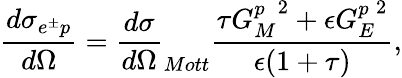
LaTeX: \frac{d\sigma_{e^{\pm}p}}{d\Omega}={\frac{d\sigma}{d\Omega}}_{Mott}\frac{\tau{G_{M}^{p}}^{2}+\epsilon{G_{E}^{p}}^{2}}{\epsilon(1+\tau)},